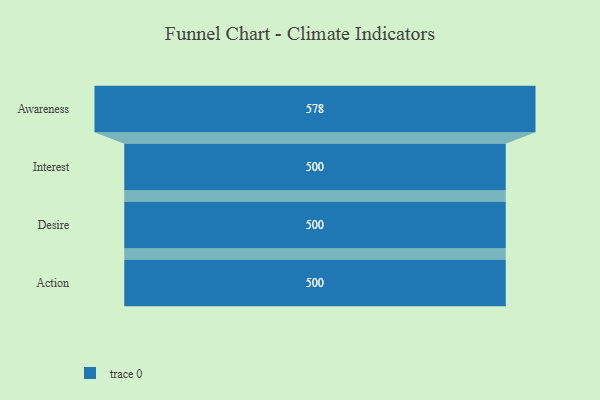
{"axis": {"x": "Stage", "y": "Value"}, "legend": [""], "data": [{"x": "Awareness", "y": 578.0, "type": ""}, {"x": "Interest", "y": 500, "type": ""}, {"x": "Desire", "y": 500, "type": ""}, {"x": "Action", "y": 500, "type": ""}]}